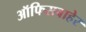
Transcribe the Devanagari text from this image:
ऑफिसबाहेर